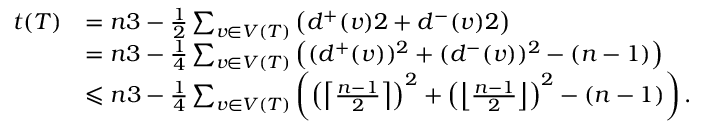
\begin{array} { r l } { t ( T ) } & { = \b { n } { 3 } - \frac { 1 } { 2 } \sum _ { v \in V ( T ) } \left( \b { d ^ { + } ( v ) } { 2 } + \b { d ^ { - } ( v ) } { 2 } \right) } \\ & { = \b { n } { 3 } - \frac { 1 } { 4 } \sum _ { v \in V ( T ) } \left( ( d ^ { + } ( v ) ) ^ { 2 } + ( d ^ { - } ( v ) ) ^ { 2 } - ( n - 1 ) \right) } \\ & { \leqslant \b { n } { 3 } - \frac { 1 } { 4 } \sum _ { v \in V ( T ) } \left( \left( \left\lceil \frac { n - 1 } { 2 } \right\rceil \right) ^ { 2 } + \left( \left\lfloor \frac { n - 1 } { 2 } \right\rfloor \right) ^ { 2 } - ( n - 1 ) \right) . } \end{array}